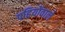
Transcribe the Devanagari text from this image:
पहियोंवाले